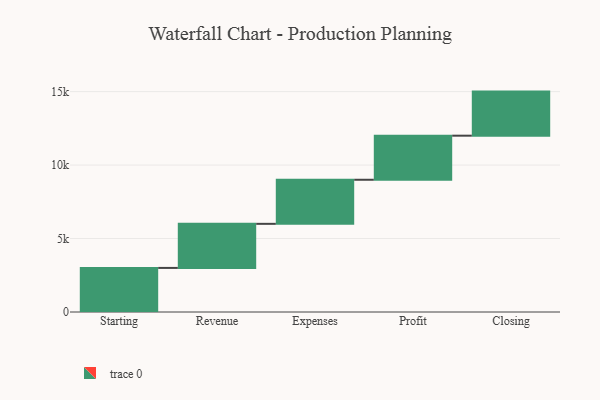
{"axis": {"x": "Step", "y": "Value"}, "legend": [""], "data": [{"x": "Starting", "y": 3000, "type": ""}, {"x": "Revenue", "y": 3000, "type": ""}, {"x": "Expenses", "y": 3000, "type": ""}, {"x": "Profit", "y": 3000, "type": ""}, {"x": "Closing", "y": 3000, "type": ""}]}